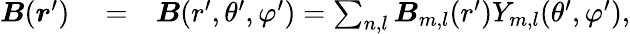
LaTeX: \begin{array}{rlr}{\boldsymbol B(\boldsymbol r^{\prime})}&{{}=}&{\boldsymbol B(r^{\prime},\theta^{\prime},\varphi^{\prime})=\sum_{n,l}\boldsymbol B_{m,l}(r^{\prime})Y_{m,l}(\theta^{\prime},\varphi^{\prime}),}\end{array}